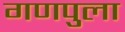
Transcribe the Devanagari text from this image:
गणपुला